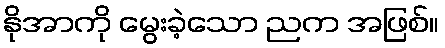
နိုအာကို မွေးခဲ့သော ညက အဖြစ်။